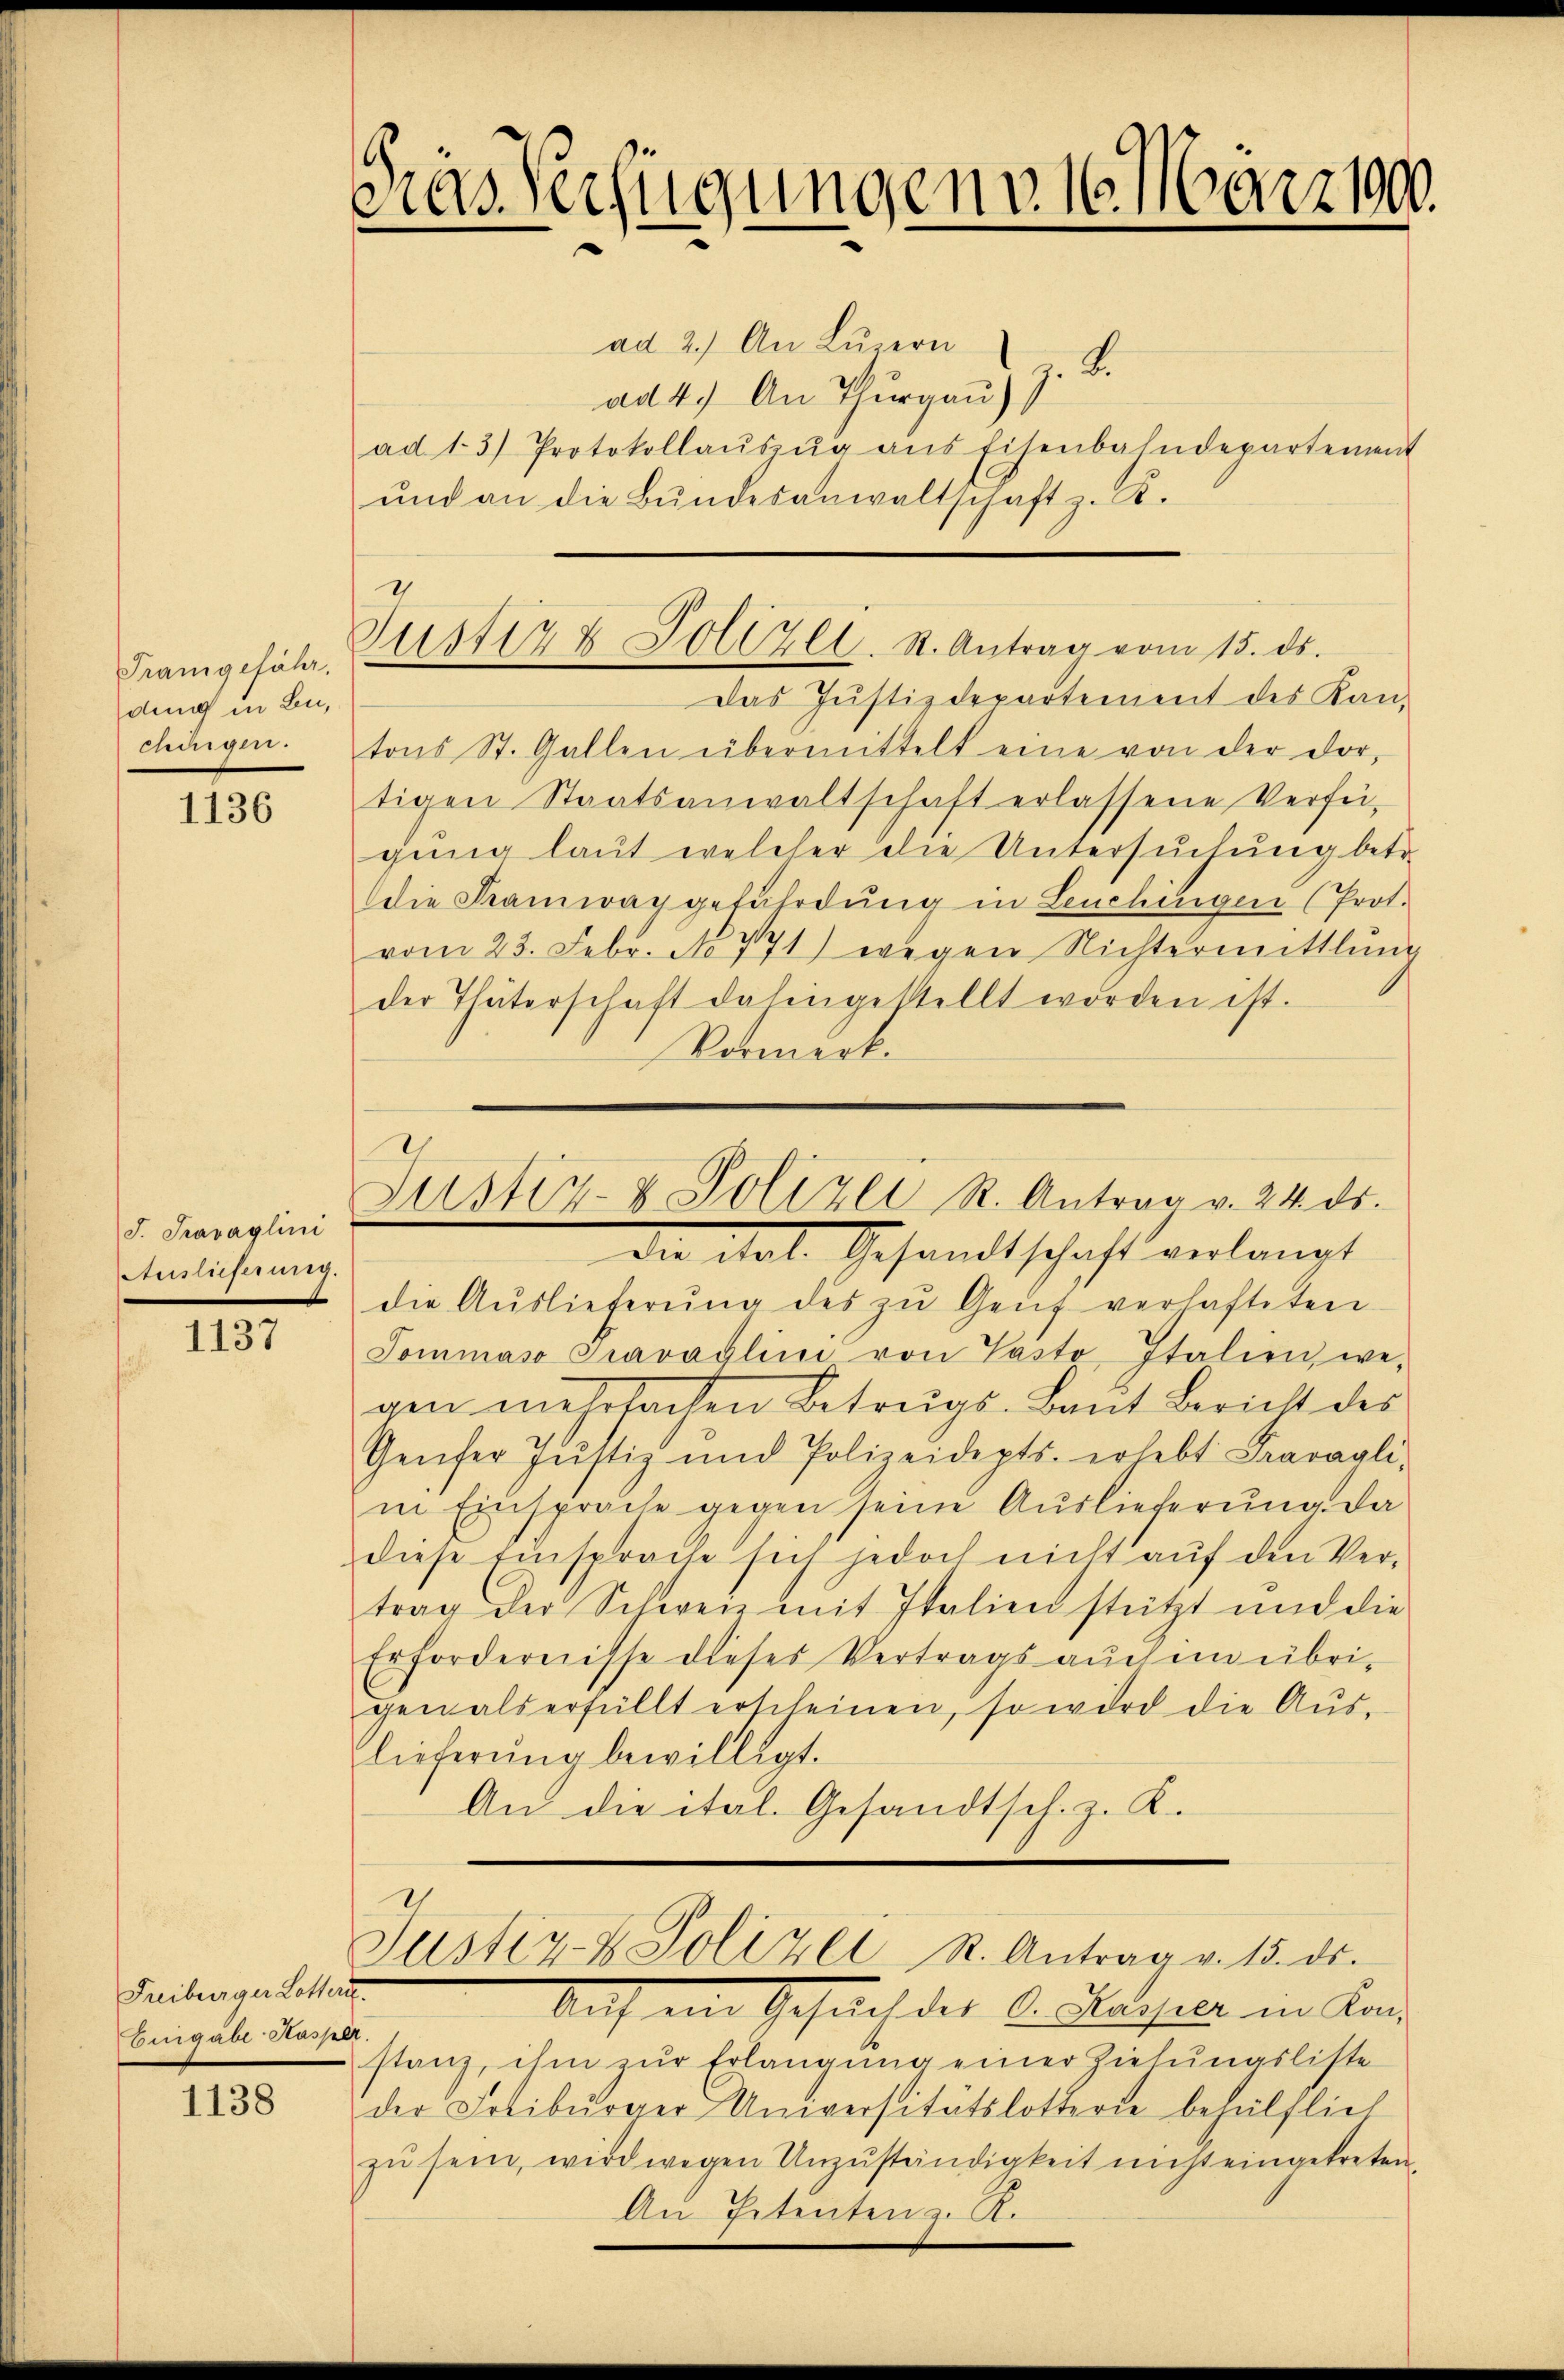
Prangefähr.
ding in Be¬
Gedingen.

1136

J. Travaglini
Auslieferung.

1137

Freiburger Lotter.
Eingabe Hasper.

1138

Gras Verfügungen v. 16. März 1900.

ad 2.) An Luzern
z. B.
ad 4.) An Thurgau),
ad 1.3) Protokollaŭszŭg ans Eisenbahndepartement
und an die Bundesanwaltschaft z. B.

Justiz & Polizei. St. Antrag vom 15. ds.

Das Justizdepartement des Kan-
tons St. Gallen übermittelt eine von der dor-
tigen Staatsanwaltschaft erlassene Verfü-
gung laut welcher die Untersuchung betr.
die Famwaggefährdung in Leuchingen (Prot.
vom 23. Febr. 1771) wegen Nichtermittlung
der Thäterschaft dahingestellt worden ist.
Vermerkdie ital. Gesandtschaft verlangt
die Auslieferŭng des zu Genf verhafteten
Tommaso Pravaglini von Pasto Italien, we-
gen mehrfachen Betrags-Baut Bericht des
Genfer Justiz und Polizeidepts. erlebt Fravagli-
in Einsprache gegen seine Auslieferung da
diese Einsprache sich jedoch nicht aŭf den Ver-
trag der Schweiz mit Italien stützt und die
Erfordernisse dieses Vertrags auch im übri-
gen als erfüllt erscheinen, so wird die Aŭs-
lieferung bewilligt.
An die ital. Gesandtsch. z. K.

e
Justiz- & Polizei R. Antrag v. 24. ds.

Justiz- & Polizei St. Antrag v. 15. ds.

Auch im Gesuch des C. Kaisere in Kan
stanz, ihm zur Erlangung einer Ziehungsliste
der Fotiburger Universitätslotterne behülflich
zŭ sein, wird wegen Unzŭständigkeit nicht eingekreten.
An Petenten z. R.